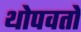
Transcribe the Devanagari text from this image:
थोपवतो